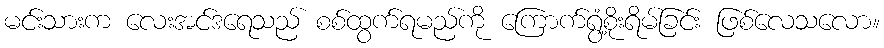
မင်းသားက လေးအင်ဒရေသည် စစ်ထွက်ရမည်ကို ကြောက်ရွံ့စိုးရိမ်ခြင်း ဖြစ်လေသလော။